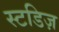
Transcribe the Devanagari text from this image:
स्टडिज़